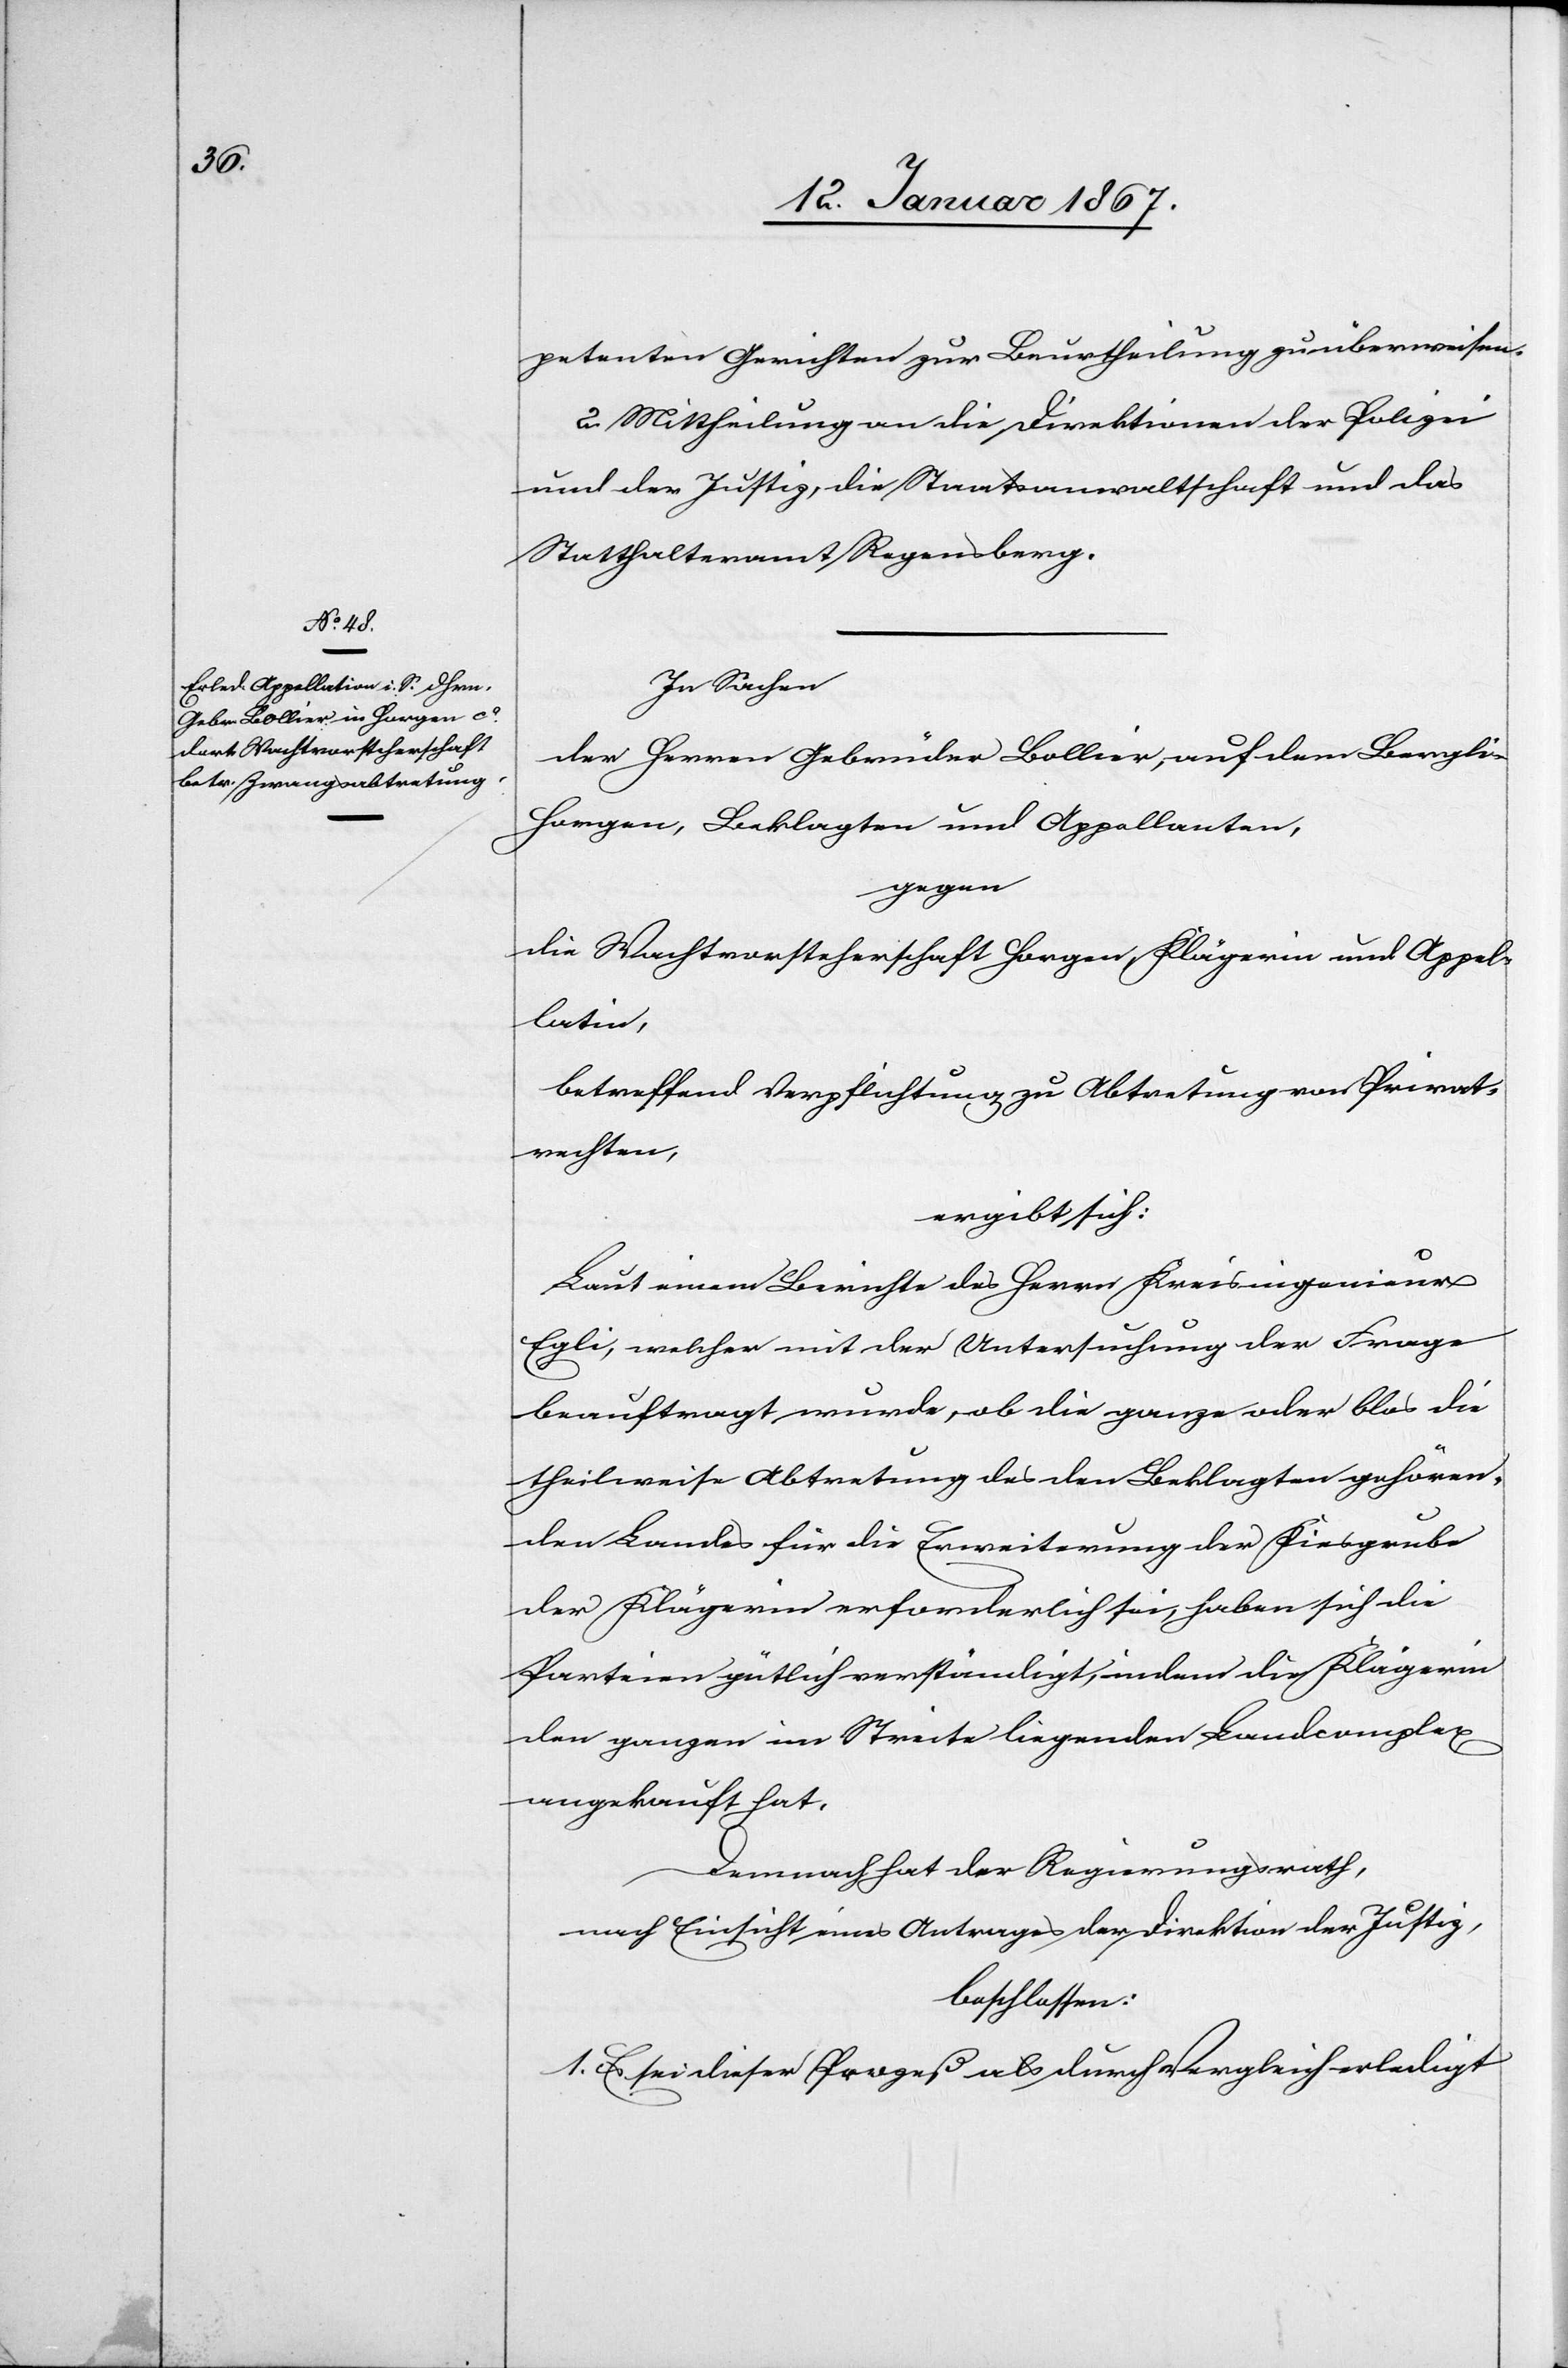
petenten Gerichten zur Beurtheilung zu überweisen.
2. Mittheilung an die Direktionen der Polizei
und der Justiz, die Staatsanwaltschaft und das
Statthalteramt Regensberg.
In Sachen
der Herren Gebrüder Bollier, auf dem Bergli
Horgen, Beklagten und Appellanten,
gegen
die Wachtvorsteherschaft Horgen, Klägerin und Appel¬
latin,
betreffend Verpflichtung zu Abtretung von Privat¬
rechten,
ergibt sich:
Laut einem Berichte des Herrn Kreisingenieurs
Egli, welcher mit der Untersuchung der Frage
beauftragt wurde, ob die ganze oder blos die
theilweise Abtretung des den Beklagten gehören¬
den Landes für die Erweiterung der Kiesgrube
der Klägerin erforderlich sei, haben sich die
Parteien gütlich verständigt, indem die Klägerin
den ganzen in Streite liegenden Landcomplex
angekauft hat.
Demnach hat der Regierungsrath,
nach Einsicht eines Antrages der Direktion der Justiz,
beschlossen:
1. Es sei dieser Prozeß als durch Vergleich erledigt